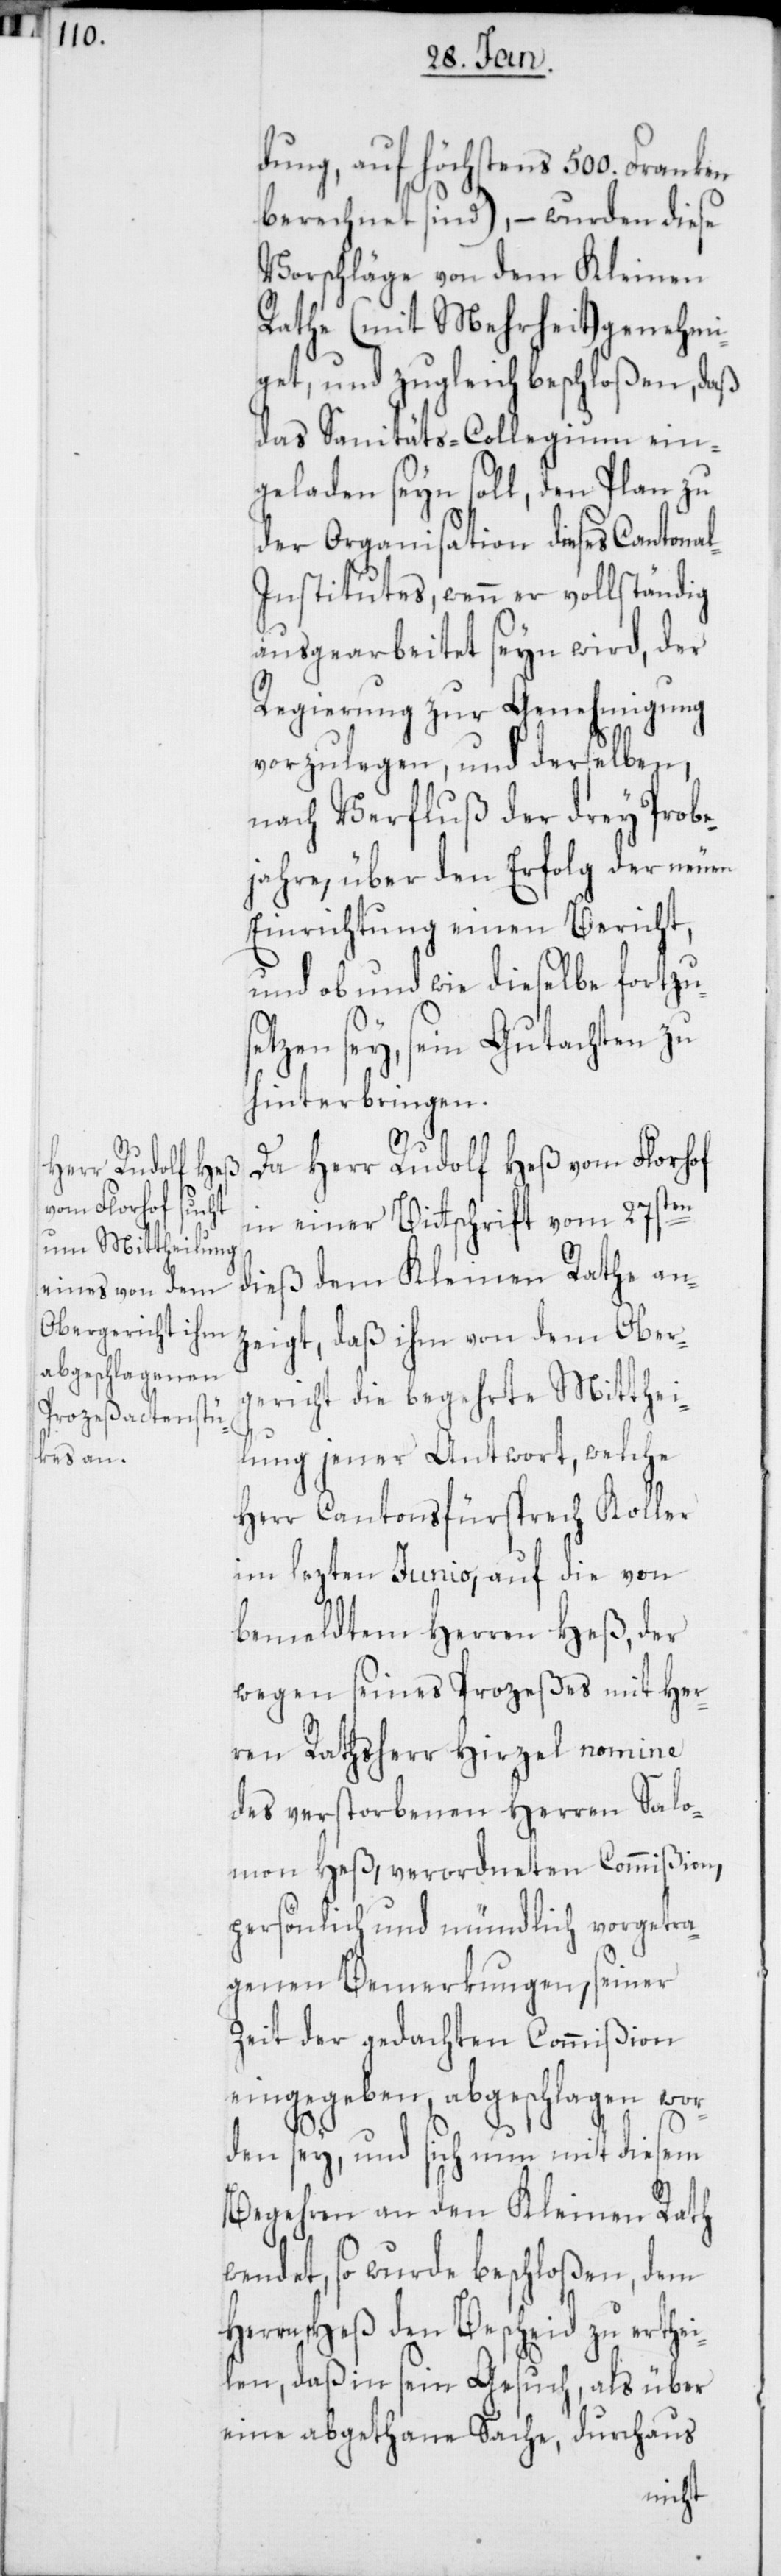
dung, auf höchstens 500. Franken
berechnet sind), – wurden diese
Vorschläge von dem Kleinen
Rathe (mit Mehrheit) genehmi¬
get, und zugleich beschloßen, daß
das Sanitäts-Collegium ein¬
geladen seyn soll, den Plan zu
der Organisation dieses Cantona¬
l-Institutes, wenn er vollständig
ausgearbeitet seyn wird, der
Regierung zur Genehmigung
vorzulegen, und derselben,
nach Verfluß der drey Probe¬
jahre, über den Erfolg der neuen
Einrichtung einen Bericht,
und ob und wie dieselbe fortzu¬
setzen sey, sein Gutachten zu
hinterbringen.
Da Herr Rudolf Heß vom Florhof
in einer Bitschrift vom 27sten
dieß dem Kleinen Rathe an¬
zeigt, daß ihm von dem Ober¬
gericht die begehrte Mitthei¬
lung jener Antwort, welche
Herr Cantonsfürsprech Koller
im lezten Junio, auf die von
bemeldtem Herren Heß, der
wegen seines Prozeßes mit Her¬
ren Rathsherr Hirzel nomine
des verstorbenen Herren Salo¬
mon Heß verordneten Commißion,
persönlich und mündlich vorgetra¬
genen Bemerkungen, seiner
Zeit der gedachten Commißion
eingegeben, abgeschlagen wor¬
den sey, und sich nun mit diesem
Begehren an den Kleinen Rath
wendet, so wurde beschloßen, dem
Herren Heß den Bescheid zu erthei¬
len, daß in sein Gesuch, als über
eine abgethane Sache, durchaus